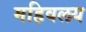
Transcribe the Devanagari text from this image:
महिवलय